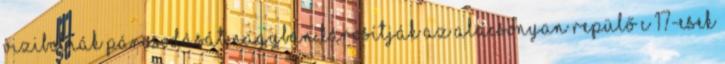
vizibolhák párosodását nagyban károsítják az alacsonyan repülő C 17-esek